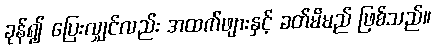
ခုန်၍ ပြေးလျှင်လည်း အထက်ဖျားနှင့် ခတ်မိမည် ဖြစ်သည်။